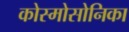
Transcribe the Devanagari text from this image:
कोस्मोसोनिका